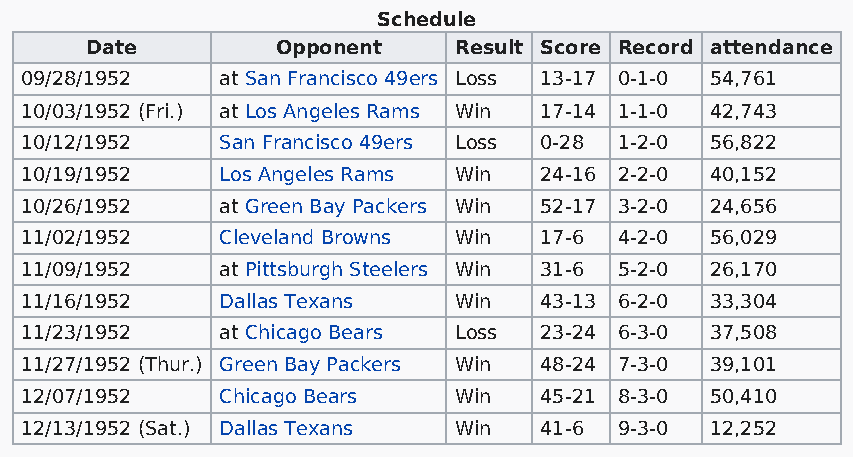
Schedule
 Date        Opponent    Result Score Record attendance
 09/28/1952    at San Francisco 49ers Loss 13-17 0-1-0 54,761
 10/03/1952 (Fri.) at Los Angeles Rams Win 17-14 1-1-0 42,743
 10/12/1952    San Francisco 49ers Loss 0-28 1-2-0 56,822
 10/19/1952    Los Angeles Rams Win 24-16 2-2-0 40,152
 10/26/1952    at Green Bay Packers Win 52-17 3-2-0 24,656
 11/02/1952    Cleveland Browns Win 17-6 4-2-0 56,029
 11/09/1952    at Pittsburgh Steelers Win 31-6 5-2-0 26,170
 11/16/1952    Dallas Texans  Win   43-13 6-2-0 33,304
 11/23/1952    at Chicago Bears Loss 23-24 6-3-0 37,508
 11/27/1952 (Thur.) Green Bay Packers Win 48-24 7-3-0 39,101
 12/07/1952    Chicago Bears  Win   45-21 8-3-0 50,410
 12/13/1952 (Sat.) Dallas Texans Win 41-6 9-3-0 12,252